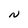
Character: N